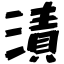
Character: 漬